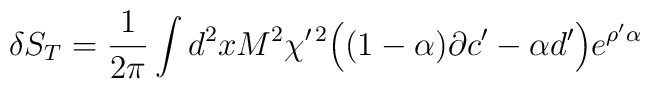
\delta S_T = {1\over 2\pi}  \int d^2x M^2 \chi^{\prime\, 2} \Big( (1-\alpha ) \partial c^\prime - \alpha d^\prime \Big)e^{ \rho^\prime \alpha}